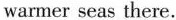
warmer seas there.